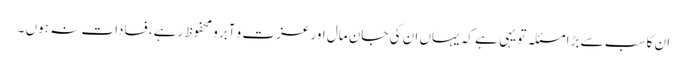
ان کا سب سے بڑا مسئلہ تو یہی ہے کہ یہاں ان کی جان مال اور عزت و آبرو محفوظ رہے، فسادات نہ ہوں ۔